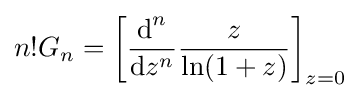
n!G_{n}=\left[{\frac {{\textrm {d}}^{n}}{{\textrm {d}}z^{n}}}{\frac {z}{\ln(1+z)}}\right]_{z=0}